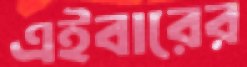
এইবারের